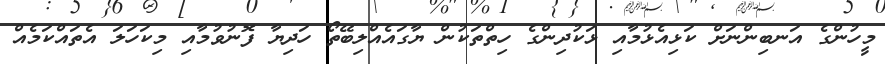
މީހުންގެ އަނބިންނަށް ކަޅިއެޅުމާއި ޅަކުދިންގެ ހިތްތަކުން ޔާގައެއްލިބޭތޯ ހަދިޔާ ފޮނުވުމާއި މިކަހަލަ އެތައްކަމެއް